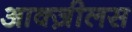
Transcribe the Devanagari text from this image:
आक्ज़ीलस